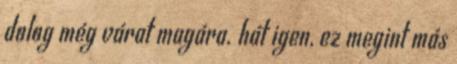
dolog még várat magára. hát igen, ez megint más